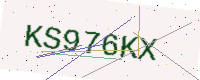
Text: KS976KX